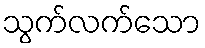
သွက်လက်သော